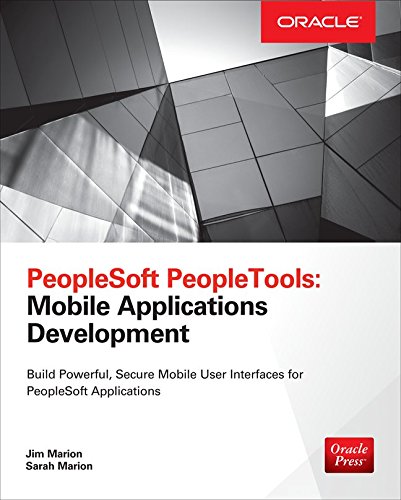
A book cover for PeopleSoft PeopleTools: Mobile Applications Development (Oracle Press); Jim Marion; Computers & Technology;